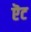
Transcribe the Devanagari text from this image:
ऎट